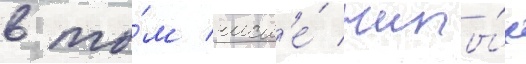
в то́м числ'е́ жилы́х